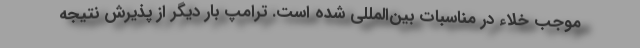
موجب خلاء در مناسبات بین‌المللی شده است. ترامپ بار دیگر از پذیرش نتیجه